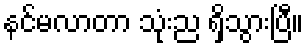
နင်မလာတာ သုံးည ရှိသွားပြီ။